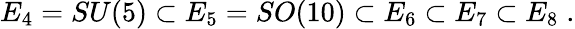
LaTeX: E_{4}=SU(5)\subset E_{5}=SO(10)\subset E_{6}\subset E_{7}\subset E_{8}\; .